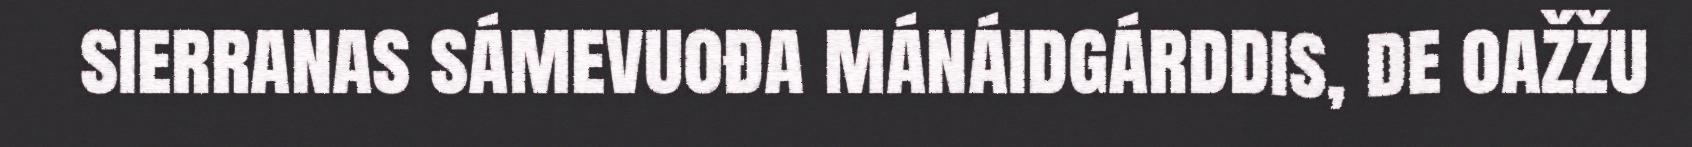
sierranas sámevuođa mánáidgárddis, de oažžu